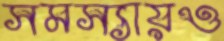
সমস্যায়ও